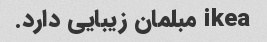
ikea مبلمان زیبایی دارد.